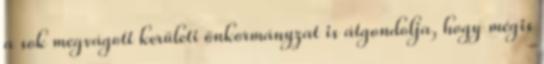
a sok megvágott kerületi önkormányzat is átgondolja, hogy mégis